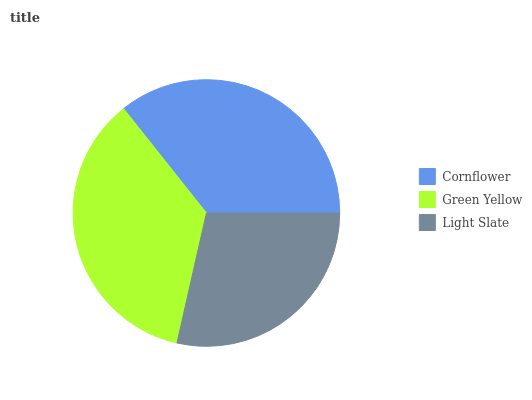
| Cornflower | Green Yellow | Light Slate |
 | --- | --- | --- |
 | 35.7% | 35.8% | 28.5% |